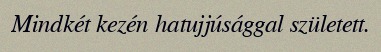
Mindkét kezén hatujjúsággal született.